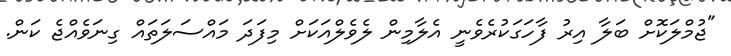
"ޖުމްލަކޮށް ބަލާ އިރު ފާހަގަކުރެވެނީ އެލާމިން ލެވެލްއަކަށް މިފަދަ މައްސަލަތައް ގިނަވެއްޖެ ކަން.